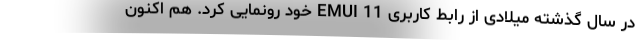
در سال گذشته میلادی از رابط کاربری EMUI 11 خود رونمایی کرد. هم اکنون